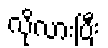
လိုလားပြီး